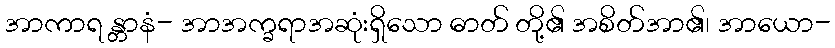
အာကာရ န္တာနံ- အာအက္ခရာအဆုံးရှိသော ဓာတ် တို့၏ အစိတ်အာ၏၊ အာယော-